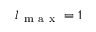
l _ { \mathrm { ~ m ~ a ~ x ~ } } = 1